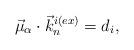
LaTeX: \begin{align*}\vec{\mu}_{\alpha} \cdot {{\vec k}_n}^{i(ex)}=d_i,\end{align*}